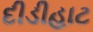
દીડીહાટ